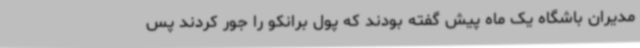
مدیران باشگاه یک ماه پیش گفته بودند که پول برانکو را جور کردند پس